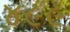
૪૯૯